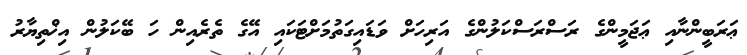
ޢަރަބީންނާއި ޢަޖަމީންގެ ރަސްރަސްކަލުންގެ އަރިހަށް ވަޑައިގަތުމަށްޓަކައި އޭގެ ތެރެއިން ހަ ބޭކަލުން އިޚްތިޔާރު